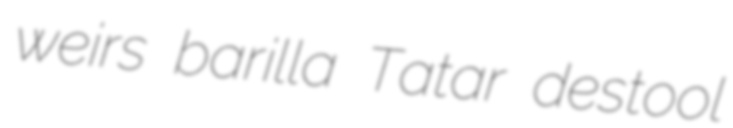
weirs barilla Tatar destool